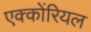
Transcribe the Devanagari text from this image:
एक्कोंरियल